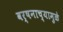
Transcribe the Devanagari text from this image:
वर्षनाच्यामुळे